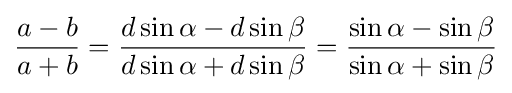
{\frac {a-b}{a+b}}={\frac {d\sin \alpha -d\sin \beta }{d\sin \alpha +d\sin \beta }}={\frac {\sin \alpha -\sin \beta }{\sin \alpha +\sin \beta }}